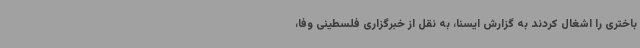
باختری را اشغال کردند به گزارش ایسنا، به نقل از خبرگزاری فلسطینی وفا،